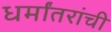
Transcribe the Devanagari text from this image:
धर्मांतरांची